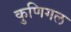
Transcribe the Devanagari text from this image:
कुणिगल